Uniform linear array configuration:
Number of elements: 16
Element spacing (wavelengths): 0.75
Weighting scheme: hamming
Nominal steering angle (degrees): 30
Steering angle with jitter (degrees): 30.112
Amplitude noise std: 0.05
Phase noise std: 0.05

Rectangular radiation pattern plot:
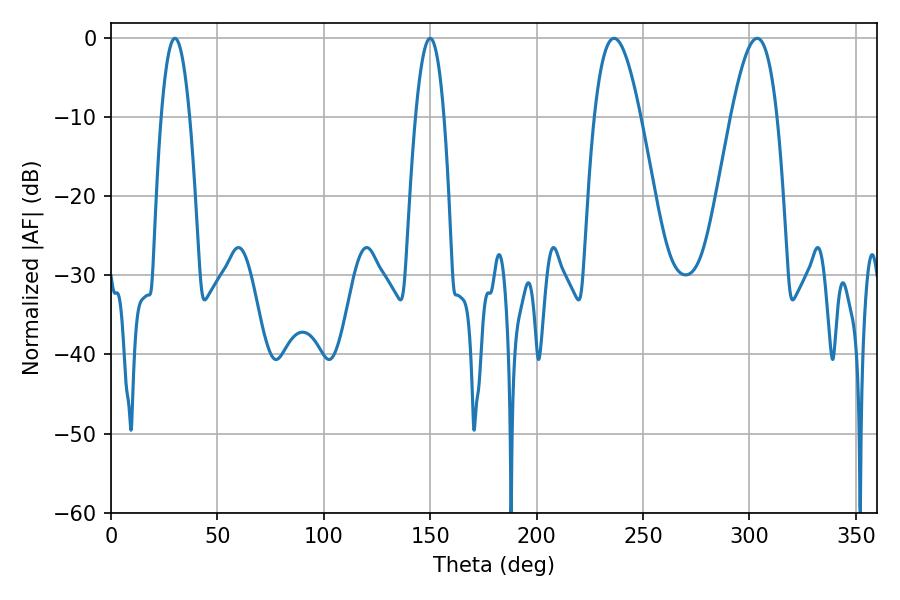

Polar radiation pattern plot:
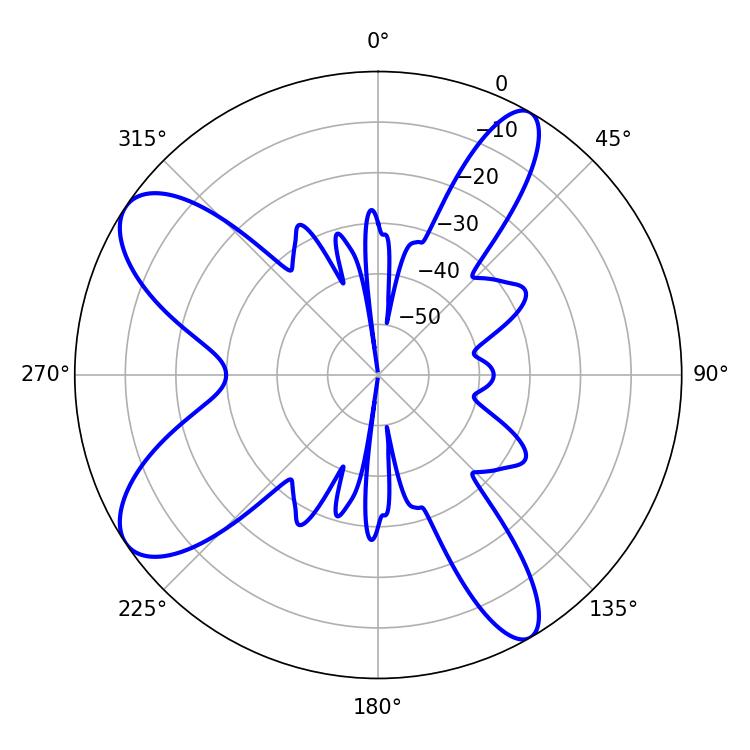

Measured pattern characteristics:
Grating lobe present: TRUE
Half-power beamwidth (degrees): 7.38
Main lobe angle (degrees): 30.06